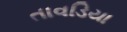
તાવડિયા